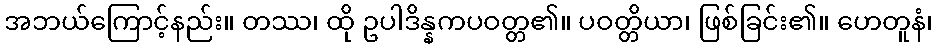
အဘယ်ကြောင့်နည်း။ တဿ၊ ထို ဥပါဒိန္နကပဝတ္တ၏။ ပဝတ္တိယာ၊ ဖြစ်ခြင်း၏။ ဟေတူနံ၊